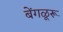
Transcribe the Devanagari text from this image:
बेंगळूरू